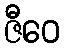
ဇီဝေ